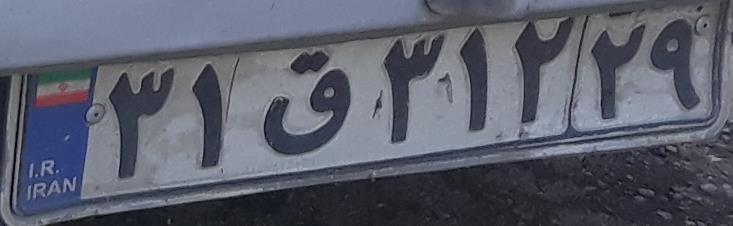
۳۱ق۳۱۲۲۹